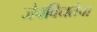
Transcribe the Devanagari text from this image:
जैवविधतेचा